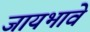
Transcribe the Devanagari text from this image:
जायभावे